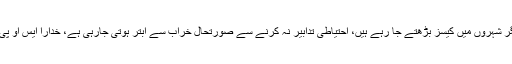
وزیراعلیٰ سندھ کا کہنا تھا کہ کراچی ،سکھر، حیدرآباد، بدین، گھوٹکی اور دیگر شہروں میں کیسز بڑھتے جا رہے ہیں، احتیاطی تدابیر نہ کرنے سے صورتحال خراب سے ابتر ہوتی جارہی ہے، خدارا ایس او پی پر عمل کریں اپنی اور دوسروں کی زندگی بچانے میں حکومت کی مدد کریں۔